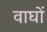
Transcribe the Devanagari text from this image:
वाघों